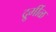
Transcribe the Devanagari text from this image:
दुर्र्मीळ